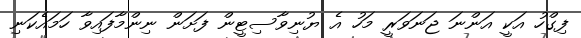
ފިގްހު އަކީ އަންނަ ޖަނަވަރީ މަހު އެ ޔުނިވާސިޓީން ފަށަން ނިންމާފައިވާ ހަމައެކަނި